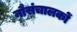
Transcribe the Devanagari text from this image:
नौसंचालकों